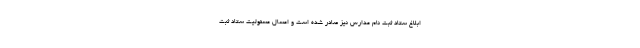
ابلاغ ستاد ثبت نام مدارس نیز صادر شده است و امسال مسئولیت ستاد ثبت